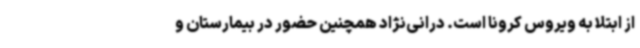
از ابتلا به ویروس کرونا است. درانی‌نژاد همچنین حضور در بیمارستان و